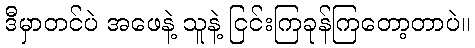
ဒီမှာတင်ပဲ အဖေနဲ့ သူနဲ့ ငြင်းကြခုန်ကြတော့တာပဲ။